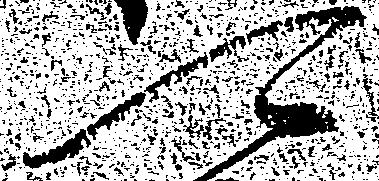
可